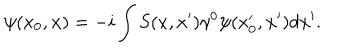
LaTeX: \psi ( x _ { 0 } , { \bf x } ) = - i \int S ( x , x ^ { \prime } ) \gamma ^ { 0 } \psi ( x _ { 0 } ^ { \prime } , { \bf x ^ { \prime } } ) d { \bf x } ^ { \prime } .